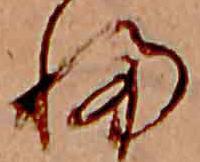
ふ